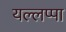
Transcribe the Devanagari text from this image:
यल्लप्पा